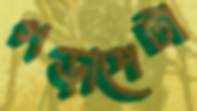
গড়াপেটা